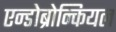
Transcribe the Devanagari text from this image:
एन्डोब्रोन्कियल